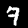
Label: 7